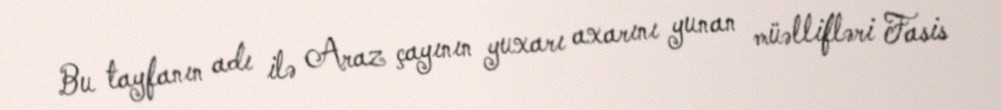
Bu tayfanın adı ilə Araz çayının yuxarı axarını yunan müəllifləri Fasis